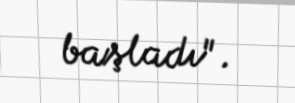
başladı".